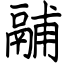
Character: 鬴